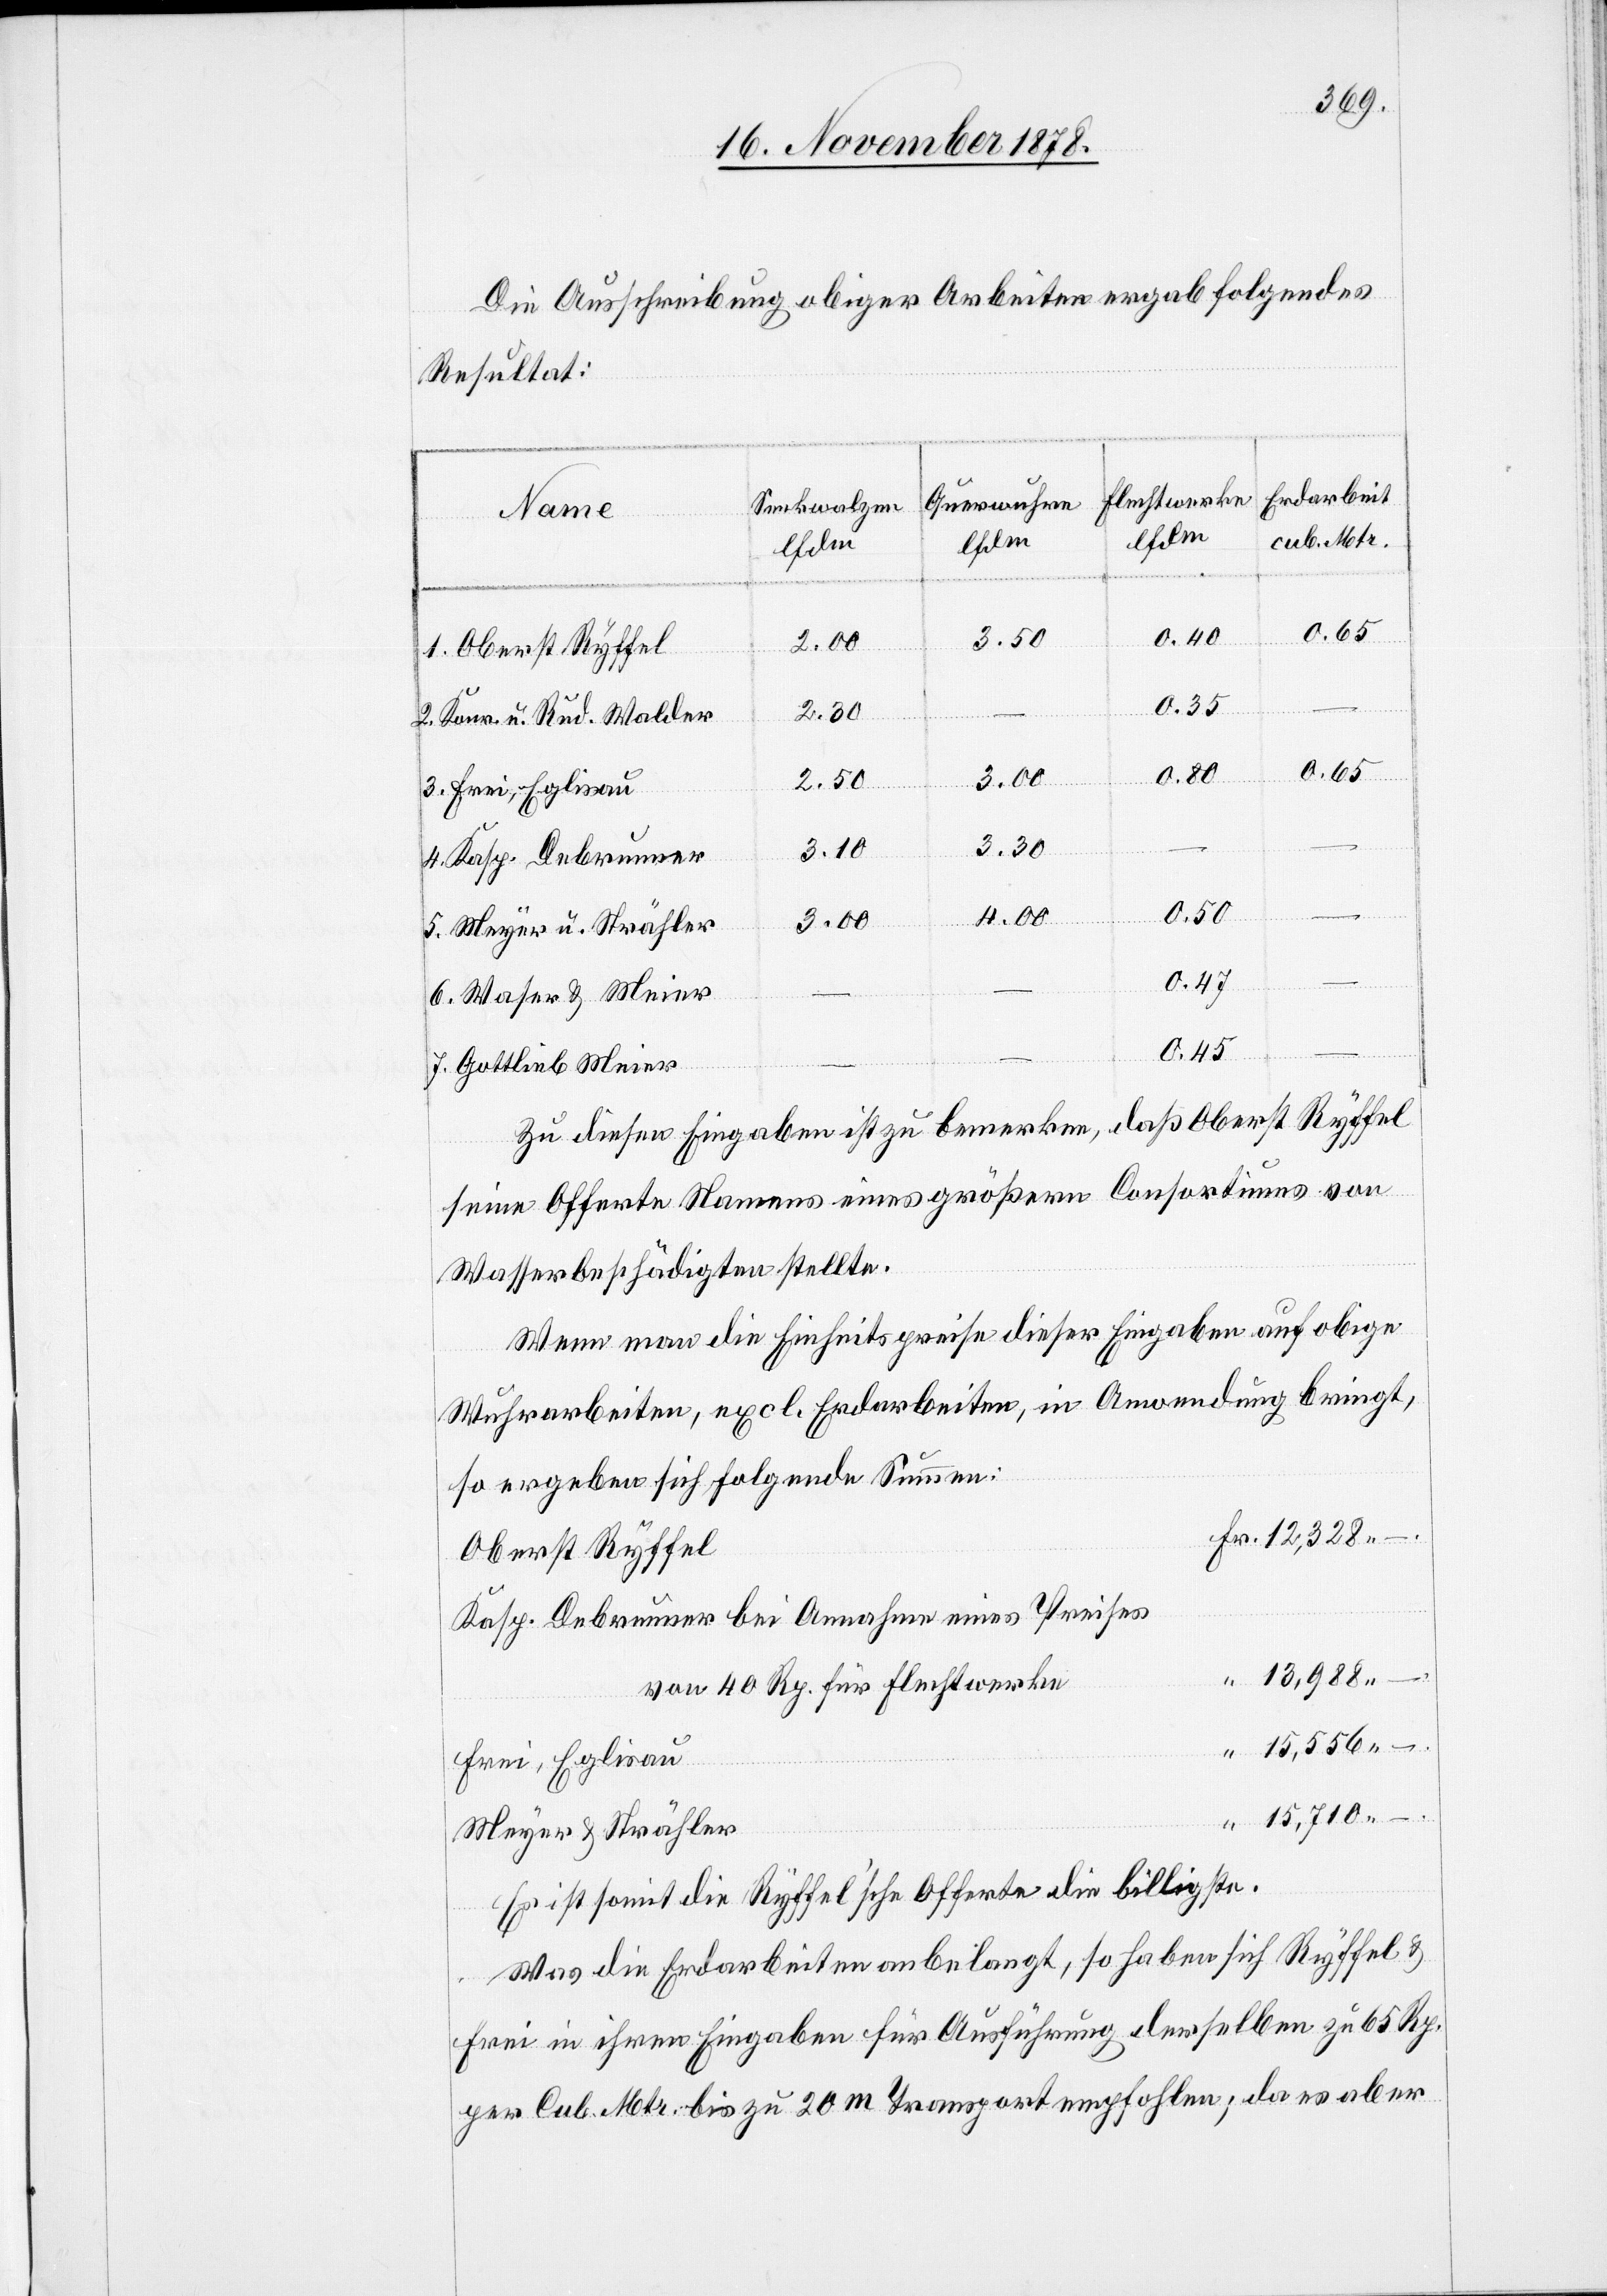
Die Ausschreibung obiger Arbeiten ergab folgendes
Resultat:
Erdarbeit
Flechtwerke
Querwuhren
Senkwalzen
Name
lfdm
cub. Mtr.
0.40
1, Oberst Ryffel
0.35
2. Konr. u. Rud. Walder
0.65
3. Frei, Eglisau
3.30
4. Kasp. Debrunner
–.
0.50
4.00
3.00
5. Meyer u. Strähler
0.47
6. Waser & Meier
0.45
–
7. Gottlieb Meier
Zu diesen Eingaben ist zu bemerken, daß Oberst Ryffel
seine Offerte Namens eines größern Consortiums von
Wasserbeschädigten stellte.
Wenn man die Einheitspreise dieser Eingaben auf obige
Wuhrarbeiten, excl. Erdarbeiten, in Anwendung bringt,
so ergeben sich folgende Summen:
Fr. 12,328 –.
Oberst Ryffel
Kasp. Debrunner bei Annahme eines Preises
–
“ 13,988
von 40 Rp. für Flechtwerke
“ 15,556
Frei, Eglisau
“ 15,710
Meyer & Strähler
Es ist somit die Ryffel’sche Offerte die billigste.
Was die Erdarbeiten anbelangt, so haben sich Ryffel &
Frei in ihren Eingaben für Ausführung derselben zu 65 Rp.
per Cub. Mtr. bis zu 20 m Transport empfohlen; da es aber